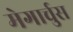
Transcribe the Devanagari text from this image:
मेगार्चुस